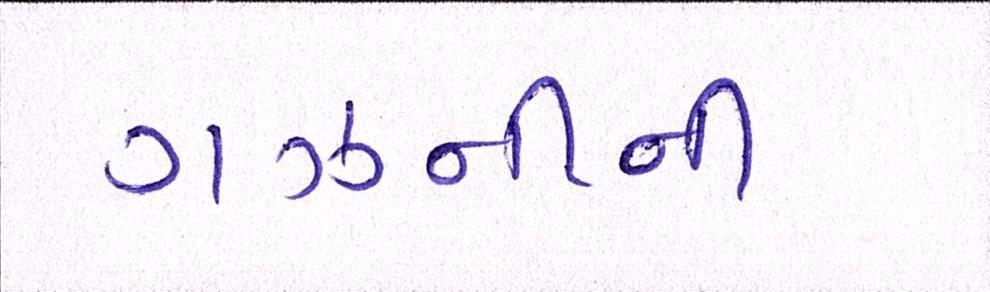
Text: ગઝનીની